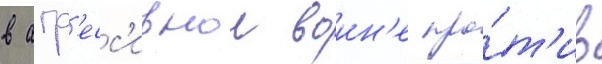
в агр'есс'ивнои воин'е про́т'ив